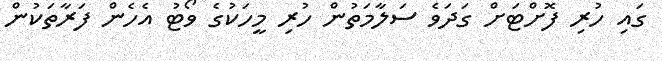
ގައި ހުރި ފޮށްޓަށް ގަދަވެ ސަލާމަތުން ހުރި މީހަކުގެ ވޯޓު އެހެން ފަރާތަކުން